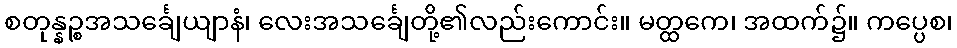
စတုန္နဉ္စအသင်္ချေယျာနံ၊ လေးအသင်္ချေတို့၏လည်းကောင်း။ မတ္ထကေ၊ အထက်၌။ ကပ္ပေစ၊